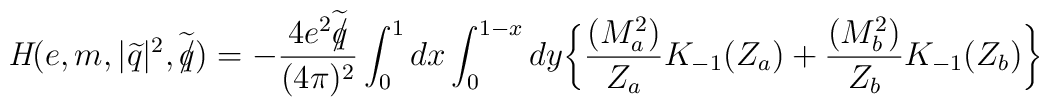
\textit{H}(e,m,|\widetilde{q}|^{2},\widetilde{q\hspace{-0.2cm}/})=-\frac{4e^{2}\widetilde{q\hspace{-0.2cm}/}}{(4\pi)^{2}}\int_{0}^{1}dx\int_{0}^{1-x}dy\biggl\{\frac{(M^{2}_{a})}{Z_{a}}K_{-1}(Z_{a})+\frac{(M^{2}_{b})}{Z_{b}}K_{-1}(Z_{b})\biggr\}